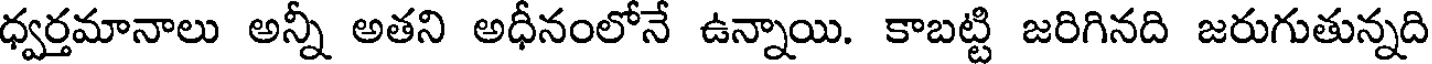
ధ్వర్తమానాలు అన్నీ అతని అధీనంలోనే ఉన్నాయి. కాబట్టి జరిగినది జరుగుతున్నది